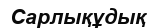
Сарлықұдық